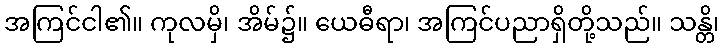
အကြင်ငါ၏။ ကုလမှိ၊ အိမ်၌။ ယေဓီရာ၊ အကြင်ပညာရှိတို့သည်။ သန္တိ၊